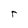
Character: T